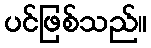
ပင်ဖြစ်သည်။